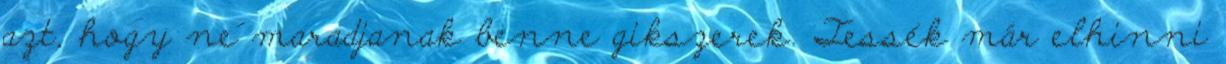
azt, hogy ne maradjanak benne gikszerek. Tessék már elhinni